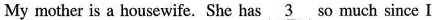
My mother is a housewife. She has 3 so much since I